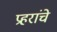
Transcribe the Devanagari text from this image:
प्रहरांचे